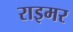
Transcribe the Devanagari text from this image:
राइमर